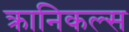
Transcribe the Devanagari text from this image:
क्रानिकल्स